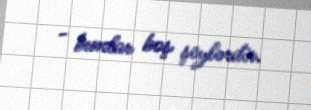
- bunlar boş şeylərdir.